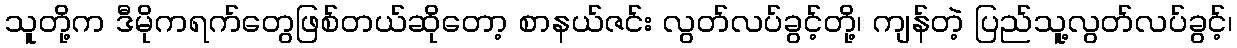
သူတို့က ဒီမိုကရက်တွေဖြစ်တယ်ဆိုတော့ စာနယ်ဇင်း လွတ်လပ်ခွင့်တို့၊ ကျန်တဲ့ ပြည်သူ့လွတ်လပ်ခွင့်၊